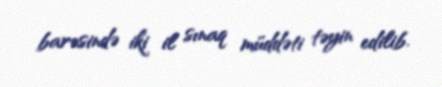
barəsində iki il sınaq müddəti təyin edilib.